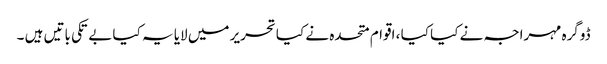
ڈوگرہ مہراجہ نے کیا کیا ، اقوام متحدہ نے کیا تحریر میں لایا یہ کیا بے تکی باتیں ہیں ۔